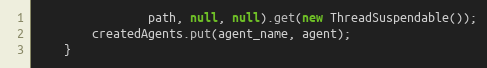
Language: Java
                path, null, null).get(new ThreadSuspendable());
        createdAgents.put(agent_name, agent);
    }